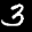
Label: 3